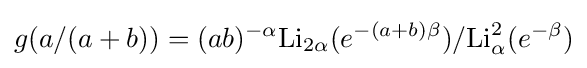
g(a/(a+b))=(ab)^{-\alpha }\mathrm {Li} _{2\alpha }(e^{-(a+b)\beta })/\mathrm {Li} _{\alpha }^{2}(e^{-\beta })